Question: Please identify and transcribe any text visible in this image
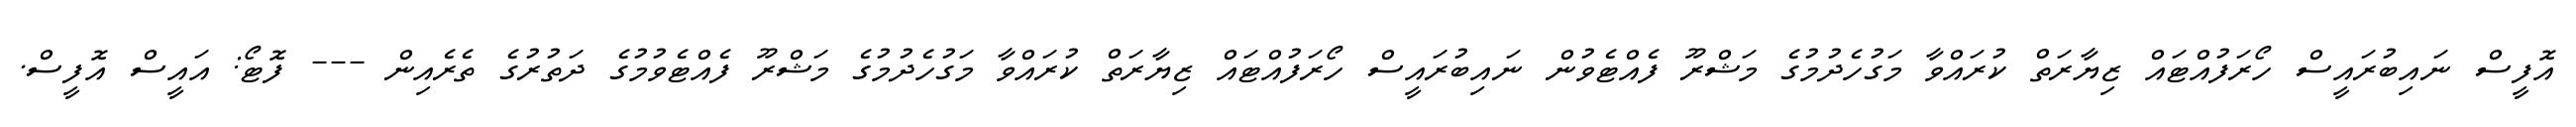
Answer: އޮފީސް ނައިބުރައީސް ހޯރަފުއްޓައް ޒިޔާރަތް ކުރައްވާ މަގުހެދުމުގެ މަޝްރޫ ފެއްޓެވުން ނައިބުރައީސް ހޯރަފުއްޓައް ޒިޔާރަތް ކުރައްވާ މަގުހެދުމުގެ މަޝްރޫ ފެއްޓެވުމުގެ ދަތުރުގެ ތެރެއިން --- ފޮޓޯ: އައީސް އޮފީސް.